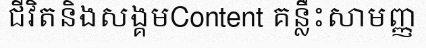
ជីវិតនិងសង្គមContent គន្លឹះសាមញ្ញ